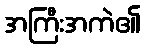
အကြီးအကဲ၏